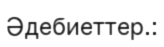
Әдебиеттер.: